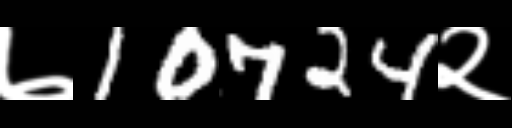
Text: ७10724२